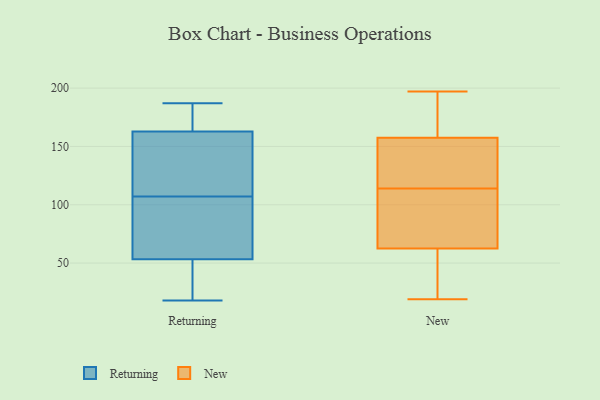
{"axis": {"x": "Churn Rate (%)", "y": "Value"}, "legend": ["New", "Returning"], "data": [{"x": "", "y": 139, "type": "Returning"}, {"x": "", "y": 187, "type": "Returning"}, {"x": "", "y": 56, "type": "Returning"}, {"x": "", "y": 160, "type": "Returning"}, {"x": "", "y": 92, "type": "Returning"}, {"x": "", "y": 150, "type": "Returning"}, {"x": "", "y": 171, "type": "Returning"}, {"x": "", "y": 32, "type": "Returning"}, {"x": "", "y": 178, "type": "Returning"}, {"x": "", "y": 51, "type": "Returning"}, {"x": "", "y": 54, "type": "Returning"}, {"x": "", "y": 18, "type": "Returning"}, {"x": "", "y": 107, "type": "Returning"}, {"x": "", "y": 126, "type": "New"}, {"x": "", "y": 153, "type": "New"}, {"x": "", "y": 195, "type": "New"}, {"x": "", "y": 189, "type": "New"}, {"x": "", "y": 197, "type": "New"}, {"x": "", "y": 96, "type": "New"}, {"x": "", "y": 97, "type": "New"}, {"x": "", "y": 44, "type": "New"}, {"x": "", "y": 32, "type": "New"}, {"x": "", "y": 119, "type": "New"}, {"x": "", "y": 19, "type": "New"}, {"x": "", "y": 130, "type": "New"}, {"x": "", "y": 159, "type": "New"}, {"x": "", "y": 64, "type": "New"}, {"x": "", "y": 104, "type": "New"}, {"x": "", "y": 114, "type": "New"}, {"x": "", "y": 57, "type": "New"}, {"x": "", "y": 159, "type": "New"}, {"x": "", "y": 62, "type": "New"}]}